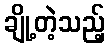
ချို့တဲ့သည့်